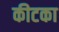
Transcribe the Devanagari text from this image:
कीटका